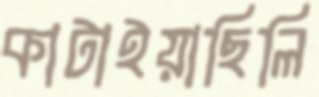
কাটাইয়াছিলি